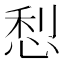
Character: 悡